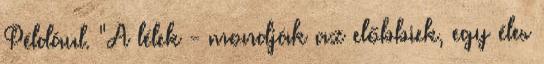
Például. "A lélek - mondják az előbbiek, egy éles